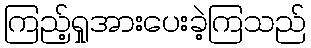
ကြည့်ရှုအားပေးခဲ့ကြသည်